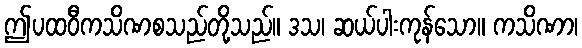
ဤပထဝီကသိဏစသည်တို့သည်။ ဒသ၊ ဆယ်ပါးကုန်သော။ ကသိဏာ၊